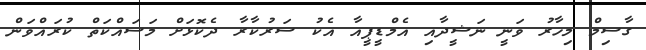
ގާސިމް މިހާރު ވަނީ ނަޝީދާއި އެމްޑީޕީއާ އެކު ސަރުކާރާ ދެކޮޅަށް މަސައްކަތް ކުރައްވަން